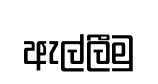
ඇල්ලීමු